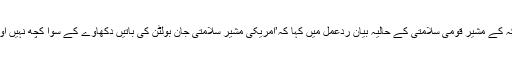
ایران کی اعلی قومی سلامتی کونسل کے ترجمان کیوان خسروی نے امریکہ کے مشیر قومی سلامتی کے حالیہ بیان ردعمل میں کہا کہ’امریکی مشیر سلامتی جان بولٹن کی باتیں دکھاوے کے سوا کچھ نہیں اور نہ ہی انہیں سیکورٹی اور عسکری معاملات سے متعلق کچھ معلوم ہے۔